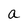
Character: a